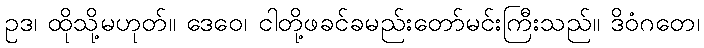
ဥဒ၊ ထိုသို့မဟုတ်။ ဒေဝေ၊ ငါတို့ဖခင်ခမည်းတော်မင်းကြီးသည်။ ဒိဝံဂတေ၊